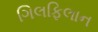
ગિલફિલાન